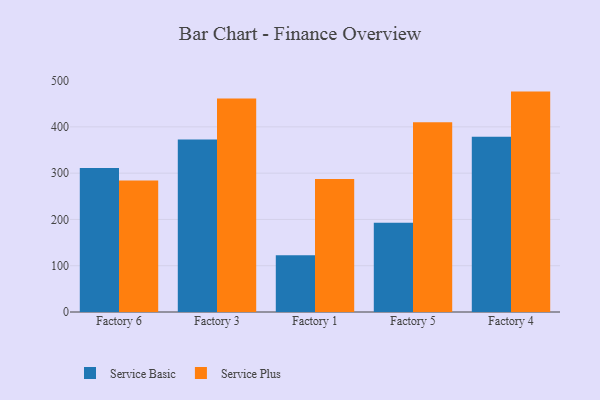
{"axis": {"x": "Factory", "y": "Conversion Rate (%)"}, "legend": ["Service Basic", "Service Plus"], "data": [{"x": "Factory 6", "y": 311.3, "type": "Service Basic"}, {"x": "Factory 6", "y": 284.3, "type": "Service Plus"}, {"x": "Factory 3", "y": 372.5, "type": "Service Basic"}, {"x": "Factory 3", "y": 461.1, "type": "Service Plus"}, {"x": "Factory 1", "y": 122.4, "type": "Service Basic"}, {"x": "Factory 1", "y": 287.4, "type": "Service Plus"}, {"x": "Factory 5", "y": 192.9, "type": "Service Basic"}, {"x": "Factory 5", "y": 409.8, "type": "Service Plus"}, {"x": "Factory 4", "y": 378.7, "type": "Service Basic"}, {"x": "Factory 4", "y": 476.2, "type": "Service Plus"}]}